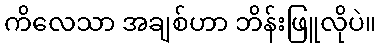
ကိလေသာ အချစ်ဟာ ဘိန်းဖြူလိုပဲ။